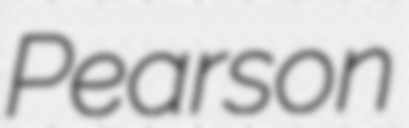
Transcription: Pearson